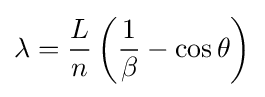
\lambda ={\frac {L}{n}}\left({\frac {1}{\beta }}-\cos {\theta }\right)